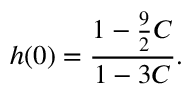
h ( 0 ) = { \frac { 1 - { \frac { 9 } { 2 } } C } { 1 - 3 C } } .